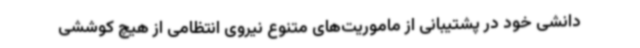
دانشی خود در پشتیبانی از ماموریت‌های متنوع نیروی انتظامی از هیچ کوششی